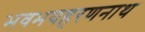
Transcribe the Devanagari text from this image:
भवभयहरणनाथ